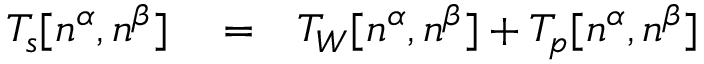
\begin{array} { r l r } { T _ { s } [ n ^ { \alpha } , n ^ { \beta } ] } & { { } = } & { T _ { W } [ n ^ { \alpha } , n ^ { \beta } ] + T _ { p } [ n ^ { \alpha } , n ^ { \beta } ] } \end{array}